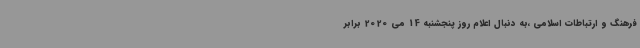
فرهنگ و ارتباطات اسلامی ،به دنبال اعلام روز پنجشنبه 14 می 2020 برابر